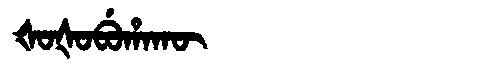
Manchu: ᡧᠣᡧᠣᠪᡠᡥᠠᡴᡡ
Romanization: ŠOŠOBUHAKŪ